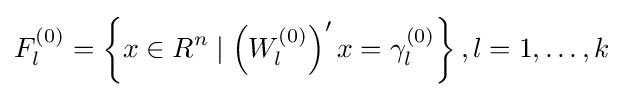
F_{l}^{(0)}=\left\{x\in R^{n}\mid \left(W_{l}^{(0)}\right)'x=\gamma _{l}^{(0)}\right\},l=1,\dots ,k